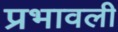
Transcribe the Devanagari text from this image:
प्रभावली